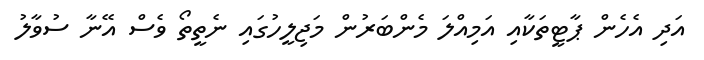
އަދި އެހެން ޕާޓީތަކާއި އަމިއްލަ މެންބަރުން މަޖިލީހުގައި ނެތީތޯ ވެސް އޭނާ ސުވާލު